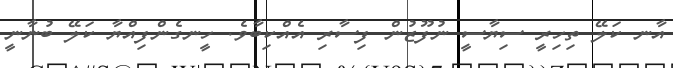
އާނ ކަލޭ ތިހިރީ ސިޔާސީ ނުފޫޒުން ފިސާރި އެއްކިބާވެ. ހީނގެންފިއްޔާ ކަލޭ ބުނާނީ